Calcutta medical institutions reports 1879-81 [i.e.91]
Year: 1879
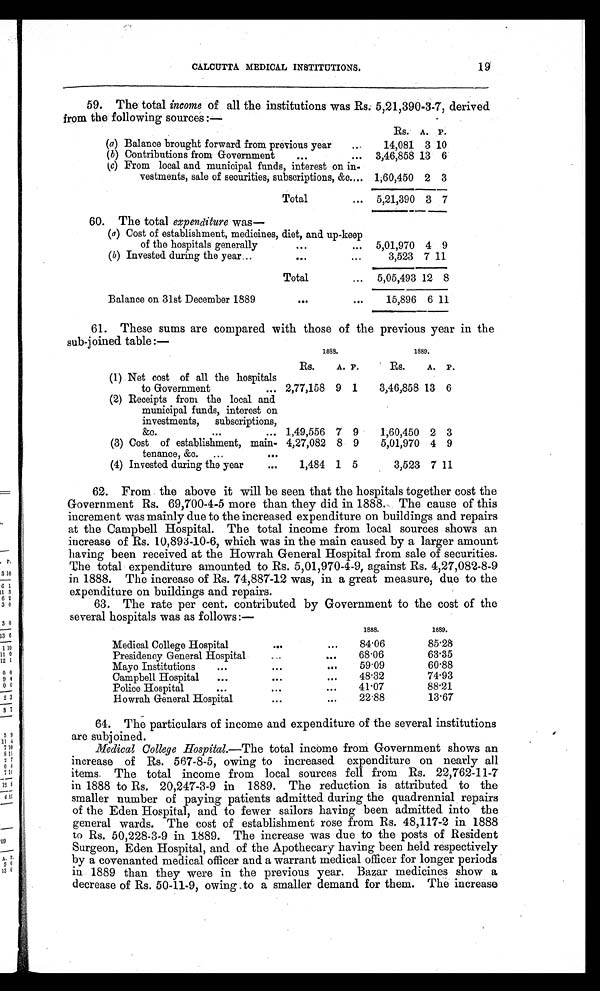
19
CALCUTTA MEDICAL INSTITUTIONS.
59. The total income of all the institutions was Rs. 5,21,390-3.7, derived
from the following sources:—
RS. A. P.
(a) Balance brought forward from previous year
...
14,081 3 10
( b) Contributions from Government
. . .
... 3,46,858 13 6
(c) From local and municipal funds, interest on in-
vestments, sale of securities, subscriptions, &c. . . . 1,60,450 2 3
Total
... 5,21,390 3 7
60. The total expenditure was—
(a) Cost of establishment, medicines, diet, and up-keep
of the hospitals generally
. . .
... 5,01,970 4 9
( b) Invested during the year ...
. . .
...
3,523 7 11
Total
... 5,05,493 12 8
Balance on 31st December 1889
. . .
...
15,896 6 11
61. These sums are compared with those of the previous year in the
sub-joined table:—
1888.
1889.
(1) Net cost of all the hospitals
RS.
A. P.
Rs.
A. P.
to Government
... 2,77,158 9 1
3,46,858 13 6
(2) Receipts from the local and
municipal funds, interest on
investments, subscriptions,
&c.
. . .
... 1,49,556 7 9
1,60,450 2 3
(3) Cost of establishment, main- 4,27,082 8 9
5,01,970 4 9
tenance, &c. ...
...
(4) Invested during the year
...
1,484 1 5
3,523 7 11
62. From the above it will be seen that the hospitals together cost the
Government Rs. 69,700-4-5 more than they did in 1888. The cause of this
increment was mainly due to the increased expenditure on buildings and repairs
at the Campbell Hospital. The total income from local sources shows an
increase of Rs. 10,893-10-6, which was in the main caused by a larger amount
having been received at the Howrah General Hospital from sale of securities.
The total expenditure amounted to Rs. 5,01,970-4-9, against Rs. 4,27,082-8-9
in 1888. The increase of Rs. 74,887-12 was, in a great measure, due to the
expenditure on buildings and repairs.
63. The rate per cent. contributed by Government to the cost of the
several hospitals was as follows:—
1888.
1889.
Medical College Hospital
. . .
. . .
84.06
85.28
Presidency General Hospital
...
. . .
68.06
63.35
Mayo Institutions
. . .
. . .
...
59.09
60.88
Campbell Hospital
...
. . .
...
48.32
74.93
Police Hospital
. . .
. . .
. . .
41.07
88.21
Howrah General Hospital
. . .
. . .
22.88
13.67
64. The particulars of income and expenditure of the several institutions
are subjoined.
Medical College Hospital. —The total income from Government shows an
increase of Rs. 567-8-5, owing to increased expenditure on nearly all
items. The total income from local sources fell from Rs. 22,762-11-7
in 1888 to Rs. 20,247-3-9 in 1889. The reduction is attributed to the
smaller number of paying patients admitted during the quadrennial repairs
of the Eden Hospital, and to fewer sailors having been admitted into the
general wards. The cost of establishment rose from Rs. 48,117-2 in 1888
to Rs. 50,228-3-9 in 1889. The increase was due to the posts of Resident
Surgeon, Eden Hospital, and of the Apothecary having been held respectively
by a covenanted medical officer and a warrant medical officer for longer periods
in 1889 than they were in the previous year. Bazar medicines show a
decrease of Rs. 50-11-9, owing to a smaller demand for them. The increase